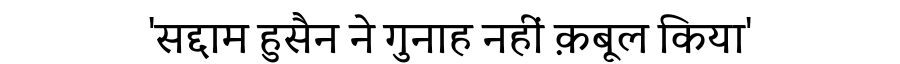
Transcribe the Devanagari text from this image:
'सद्दाम हुसैन ने गुनाह नहीं क़बूल किया'